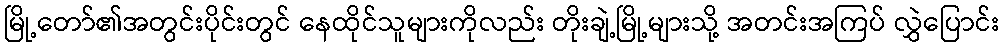
မြို့တော်၏အတွင်းပိုင်းတွင် နေထိုင်သူများကိုလည်း တိုးချဲ့မြို့များသို့ အတင်းအကြပ် လွှဲပြောင်း